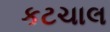
કટચાલ